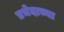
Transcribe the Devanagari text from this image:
प्रभेदाच्या